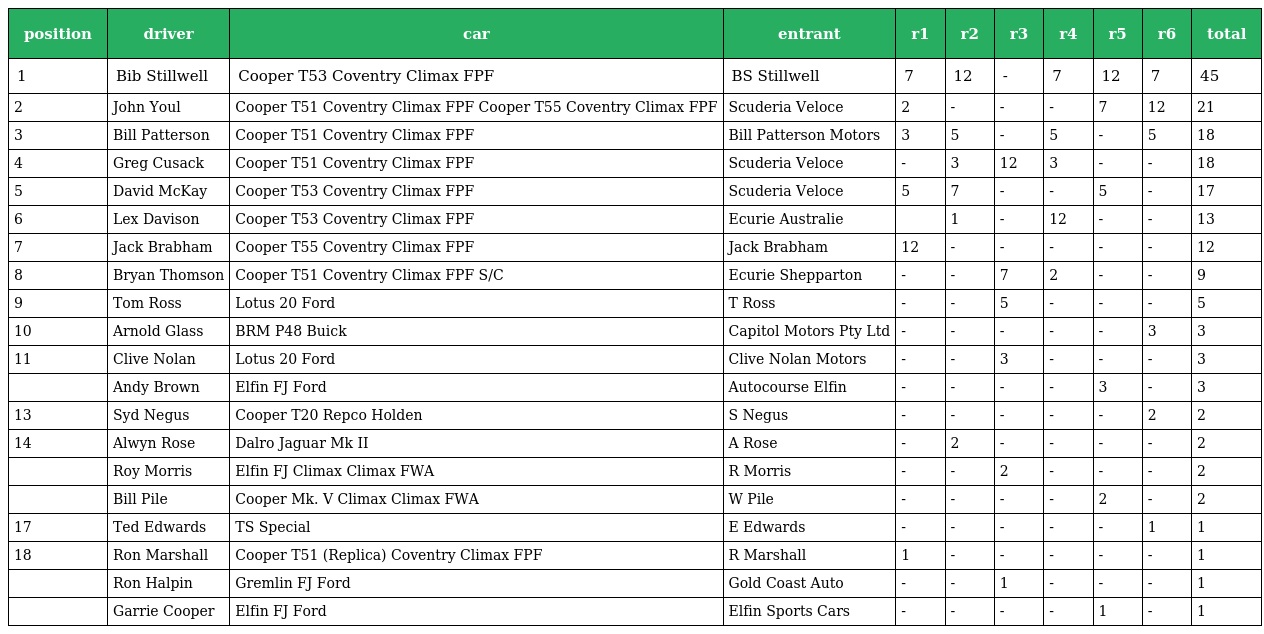
| position | driver | car | entrant | r1 | r2 | r3 | r4 | r5 | r6 | total |
 | --- | --- | --- | --- | --- | --- | --- | --- | --- | --- | --- |
 | 1 | Bib Stillwell | Cooper T53 Coventry Climax FPF | BS Stillwell | 7 | 12 | - | 7 | 12 | 7 | 45 |
 | 2 | John Youl | Cooper T51 Coventry Climax FPF Cooper T55 Coventry Climax FPF | Scuderia Veloce | 2 | - | - | - | 7 | 12 | 21 |
 | 3 | Bill Patterson | Cooper T51 Coventry Climax FPF | Bill Patterson Motors | 3 | 5 | - | 5 | - | 5 | 18 |
 | 4 | Greg Cusack | Cooper T51 Coventry Climax FPF | Scuderia Veloce | - | 3 | 12 | 3 | - | - | 18 |
 | 5 | David McKay | Cooper T53 Coventry Climax FPF | Scuderia Veloce | 5 | 7 | - | - | 5 | - | 17 |
 | 6 | Lex Davison | Cooper T53 Coventry Climax FPF | Ecurie Australie |  | 1 | - | 12 | - | - | 13 |
 | 7 | Jack Brabham | Cooper T55 Coventry Climax FPF | Jack Brabham | 12 | - | - | - | - | - | 12 |
 | 8 | Bryan Thomson | Cooper T51 Coventry Climax FPF S/C | Ecurie Shepparton | - | - | 7 | 2 | - | - | 9 |
 | 9 | Tom Ross | Lotus 20 Ford | T Ross | - | - | 5 | - | - | - | 5 |
 | 10 | Arnold Glass | BRM P48 Buick | Capitol Motors Pty Ltd | - | - | - | - | - | 3 | 3 |
 | 11 | Clive Nolan | Lotus 20 Ford | Clive Nolan Motors | - | - | 3 | - | - | - | 3 |
 |  | Andy Brown | Elfin FJ Ford | Autocourse Elfin | - | - | - | - | 3 | - | 3 |
 | 13 | Syd Negus | Cooper T20 Repco Holden | S Negus | - | - | - | - | - | 2 | 2 |
 | 14 | Alwyn Rose | Dalro Jaguar Mk II | A Rose | - | 2 | - | - | - | - | 2 |
 |  | Roy Morris | Elfin FJ Climax Climax FWA | R Morris | - | - | 2 | - | - | - | 2 |
 |  | Bill Pile | Cooper Mk. V Climax Climax FWA | W Pile | - | - | - | - | 2 | - | 2 |
 | 17 | Ted Edwards | TS Special | E Edwards | - | - | - | - | - | 1 | 1 |
 | 18 | Ron Marshall | Cooper T51 (Replica) Coventry Climax FPF | R Marshall | 1 | - | - | - | - | - | 1 |
 |  | Ron Halpin | Gremlin FJ Ford | Gold Coast Auto | - | - | 1 | - | - | - | 1 |
 |  | Garrie Cooper | Elfin FJ Ford | Elfin Sports Cars | - | - | - | - | 1 | - | 1 |